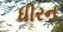
ધીરન